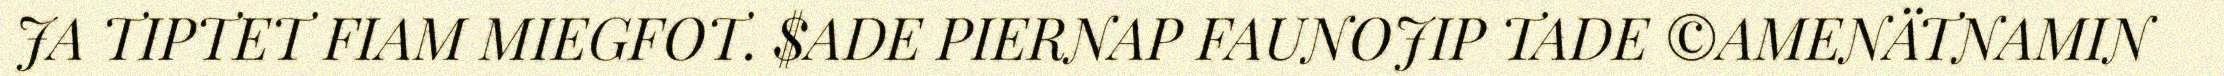
JA TIPTET FIAM MIEGFOT. $ADE PIERNAP FAUNOJIP TADE ©AMENÄTNAMIN